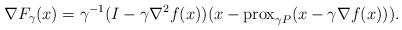
LaTeX: \begin{align*}\nabla F_\gamma(x) = \gamma^{-1}(I - \gamma \nabla^2 f(x))(x - {\rm prox}_{\gamma P}(x - \gamma \nabla f(x))).\end{align*}